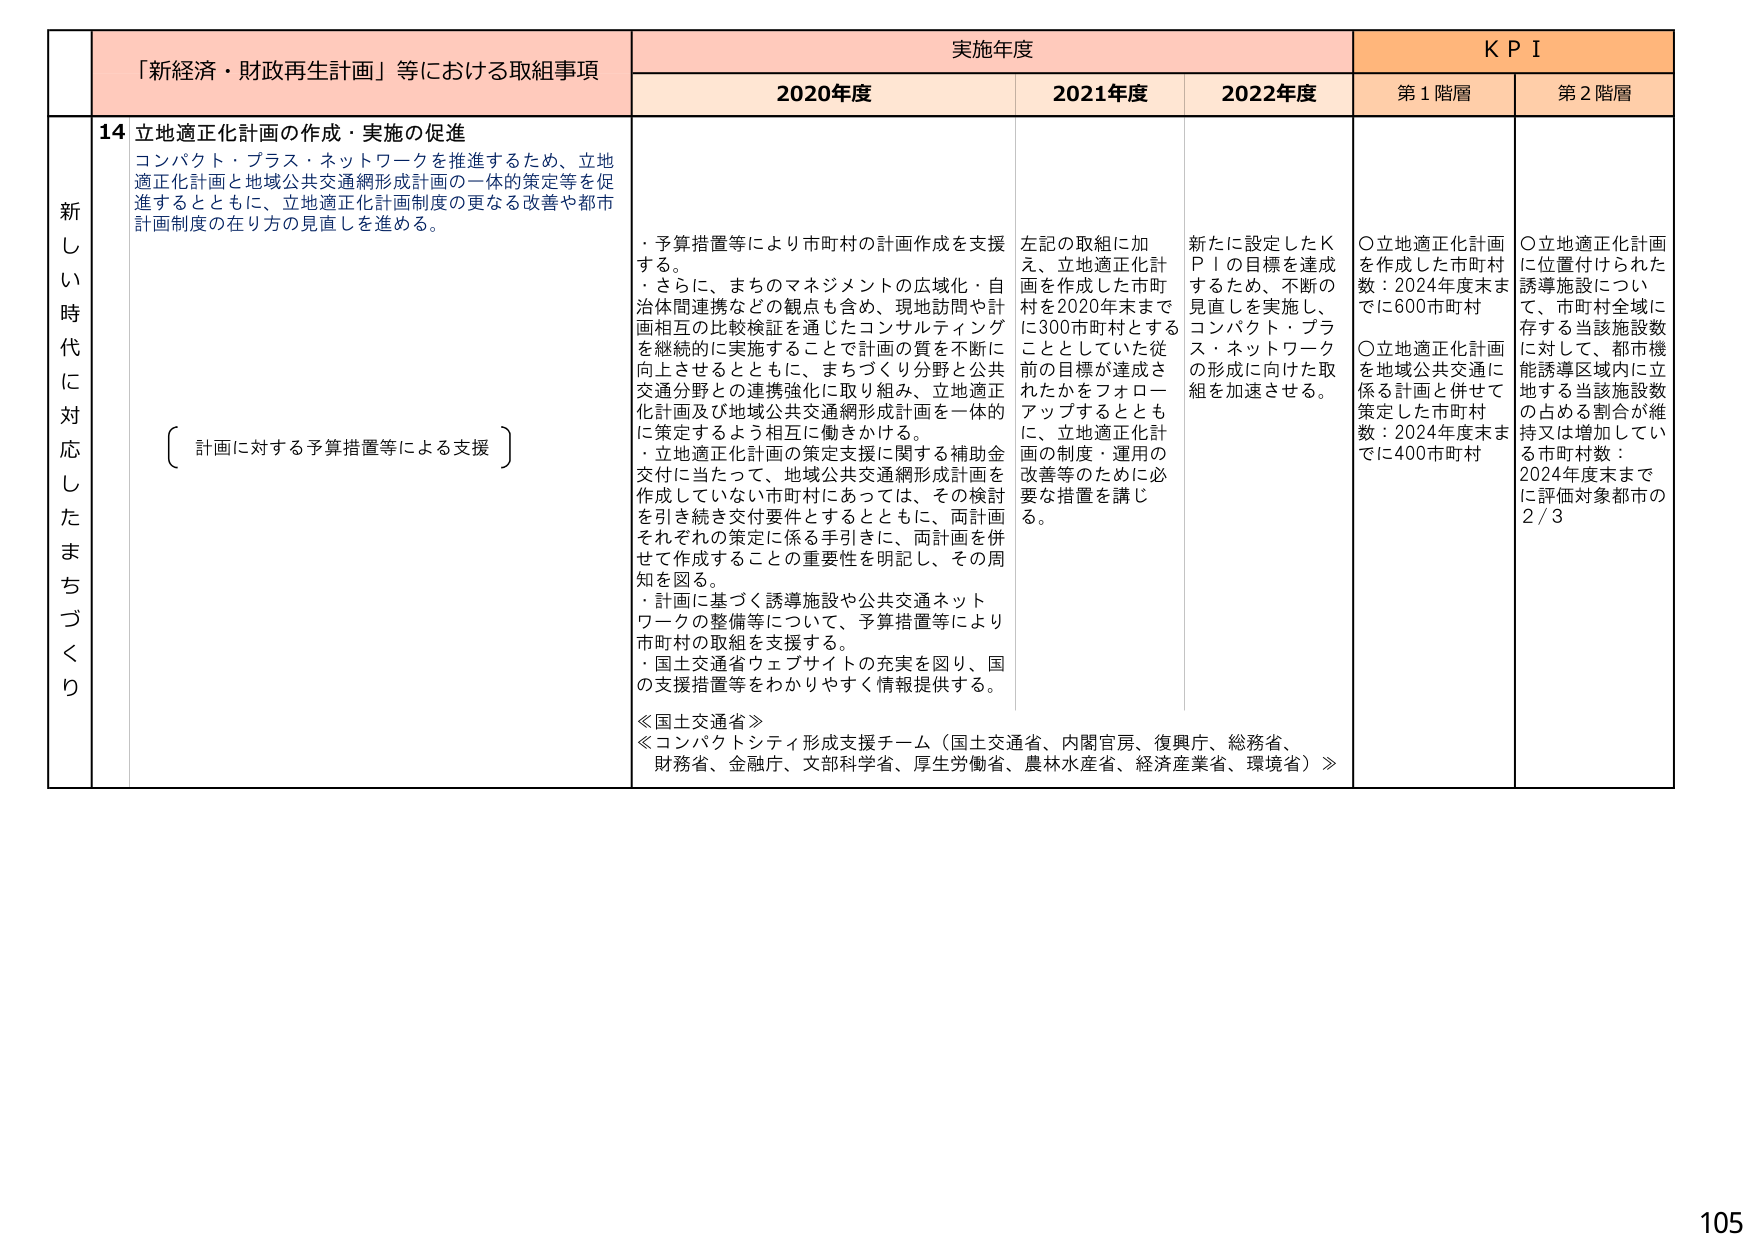
新しき時代に対応したまちづくり

「新経済・財政再生計画」等における取組事項

実施年度

KPI

2020年度

2021年度

2022年度

第1階層

第2階層

14 立地適正化計画の作成・実施の促進

コンパクト・プラス・ネットワークを推進するため、立地適正化計画と地域公共交通網形成計画の一体的策定等を促進するとともに、立地適正化計画制度の更なる改善や都市計画制度の在り方の見直しを進める。

（計画に対する予算措置等による支援）

・予算措置等により市町村の計画作成を支援する。
・さらに、まちのマネジメントの広域化・自治体間連携などの観点も含め、現地訪問や計画相互の比較検証を通じたコンサルティングを継続的に実施することで計画の質を不断に向上させるとともに、まちづくり分野と公共交通分野との連携強化に取り組み、立地適正化計画及び地域公共交通網形成計画を一体的に策定するよう相互に働きかける。
・立地適正化計画の策定支援に関する補助金交付に当たって、地域公共交通網形成計画を作成していない市町村にあっては、その検討を引き続き交付要件とするとともに、両計画それぞれの策定に係る手引きに、両計画を併せて作成することの重要性を明記し、その周知を図る。
・計画に基づく誘導施設や公共交通ネットワークの整備等について、予算措置等により市町村の取組を支援する。
・国土交通省ウェブサイトの充実を図り、国の支援措置等をわかりやすく情報提供する。

≪国土交通省≫
≪コンパクトシティ形成支援チーム（国土交通省、内閣官房、復興庁、総務省、財務省、金融庁、文部科学省、厚生労働省、農林水産省、経済産業省、環境省）≫

左記の取組に加え、立地適正化計画を作成した市町村を2020年末までに300市町村とする こととしていた従前の目標が達成されたかをフォローアップするとともに、立地適正化計画の制度・運用の改善等のために必要な措置を講じる。

新たに設定したKPIの目標を達成するため、不断の見直しを実施し、コンパクト・プラス・ネットワークの形成に向けた取組を加速させる。

〇立地適正化計画を作成した市町村数：2024年度末までに600市町村
〇立地適正化計画を地域公共交通に係る計画と併せて策定した市町村数：2024年度末までに400市町村

〇立地適正化計画に位置付けられた誘導施設について、市町村全域に存在する当該施設数に対して、都市機能誘導区域内に立地する当該施設数の占める割合が維持又は増加している市町村数：2024年度末までに評価対象都市の2/3

105